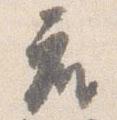
座